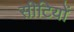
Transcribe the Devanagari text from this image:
सीटियों